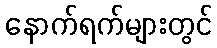
နောက်ရက်များတွင်